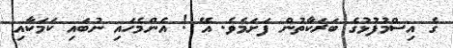
ގެ އިސްމުފުޅުގެ ބަރަކާތުން ފަށަމެވެ. އޭ ! އެންމެހައި ނުބައި ކަމަކާއި